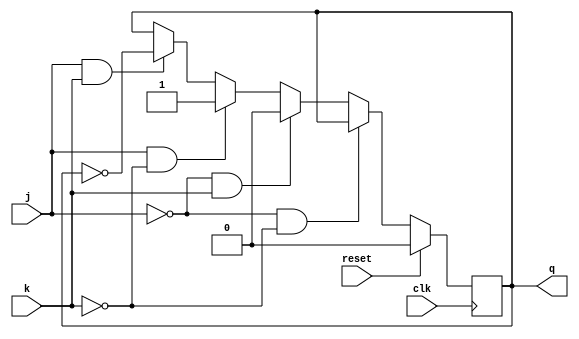
module jk_ff(clk,reset,j,k,q);
input clk,reset,j,k;
output reg q;
always@(posedge clk)
begin
  if(reset)
    q<=0;
  else
  begin
   if(j==0&&k==0)
     q<=q;
   else if(j==0&&k==1)
     q<=0;
   else if(j==1&&k==0)
     q<=1;
   else if(j==1&&k==1)
     q<=~q;
  end
end
endmodule